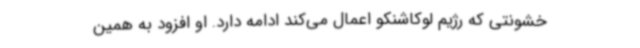
خشونتی که رژیم لوکاشنکو اعمال می‌کند ادامه دارد. او افزود به همین